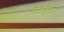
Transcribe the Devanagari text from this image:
बैय्यापूरियन